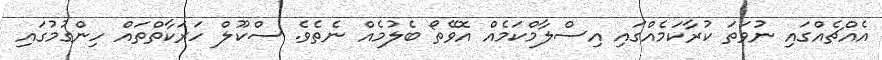
އެއްޗެއްގައި ނުވަތަ ކުރާކަމެއްގައި އިސްލާމްކަމެއް އޮވޭތޯ ބެލުމެއް ނެތެވެ. ސްކޫލް ހަރަކާތްތައް ހިންގުމުގައި